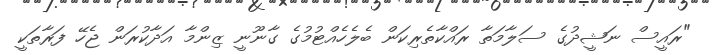
"ރައީސް ނަޝީދުގެ ސަލާމަތާ ރައްކާތެރިކަން ބެލެހެއްޓުމުގެ ގާނޫނީ ޒިންމާ އަދާކުރަން ޖެހޭ ފަރާތަކީ